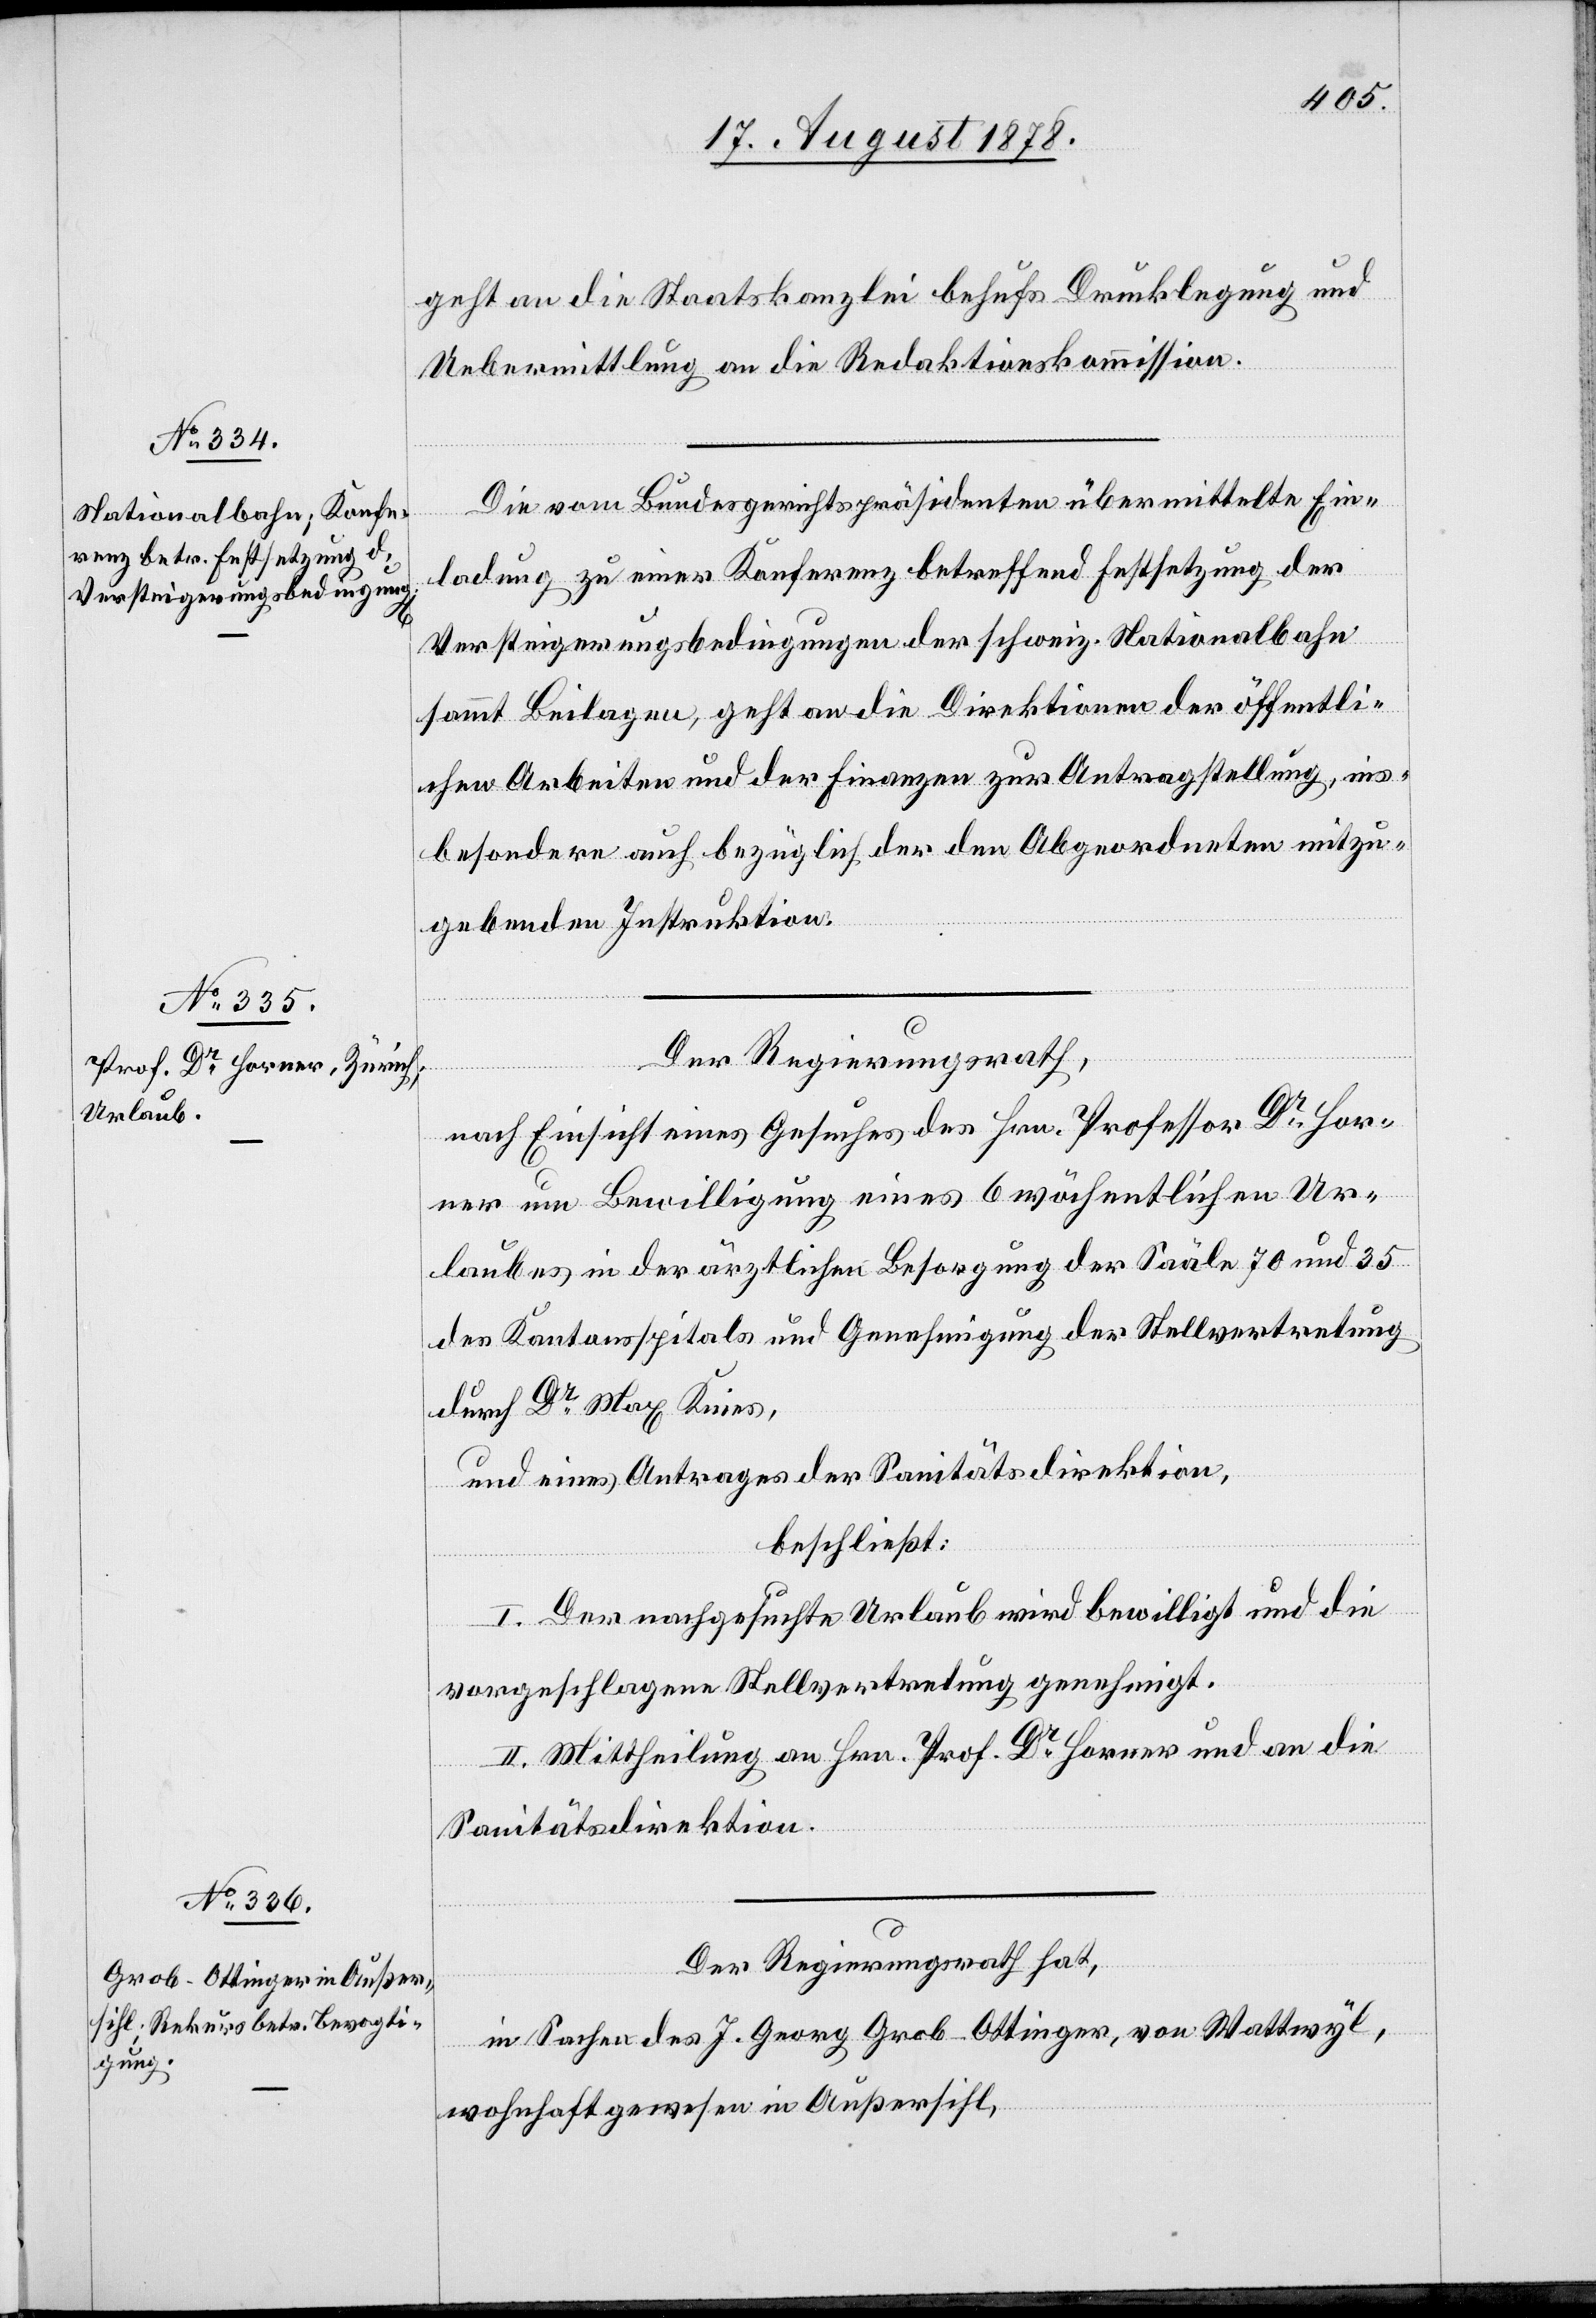
geht an die Staatskanzlei behufs Drucklegung und
Uebermittlung an die Redaktionskommission.
Die vom Bundesgerichtspräsidenten übermittelte Ein¬
ladung zu einer Konferenz betreffend Festsetzung der
Versteigerungsbedingungen der schweiz. Nationalbahn
sammt Beilagen, geht an die Direktion der öffentli¬
chen Arbeiten und der Finanzen zur Antragstellung, ins¬
besondere auch bezüglich der den Abgeordneten mitzu¬
gebenden Instruktion.
Der Regierungsrath,
nach Einsicht eines Gesuches des Hrn. Professor Dr For¬
rer um Bewilligung eines 6 wöchentlichen Ur¬
laubes in der ärztlichen Besorgung der Saäle [sic!] 70 und 35
des Kantonsspitals und Genehmigung der Stellvertretung
durch Dr Max Knies,
und eines Antrages der Sanitätsdirektion,
beschließt:
I. Der nachgesuchte Urlaub wird bewilligt und die
vorgeschlagene Stellvertretung genehmigt.
II. Mittheilung an Hrn. Prof. Dr Horner und an die
Sanitätsdirektion.
Der Regierungsrath hat,
in Sachen des J. Georg Grob-Ottinger, von Wattswyl,
wohnhaft gewesen in Außersihl,